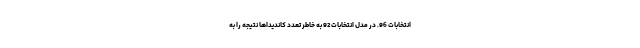
انتخابات 96. در مدل انتخابات 92 به خاطر تعدد کاندیداها نتیجه را به